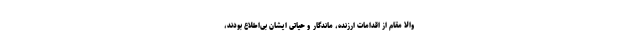
والا مقام از اقدامات ارزنده، ماندگار و حیاتی ایشان بی‌اطلاع بودند،